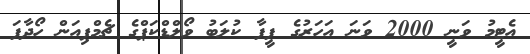
އެޓީމު ވަނީ 2000 ވަނަ އަހަރުގެ ފީފާ ކުލަބު ވޯލްޑްކަޕްގެ ޗެމްޕިއަން ހޯދާފަ